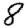
Digit: 8